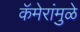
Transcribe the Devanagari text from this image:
कॅमेरांमुळे